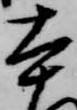
本